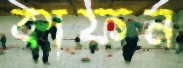
কাফন